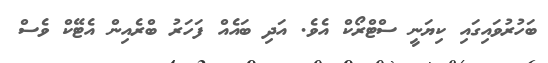
ބަހުރުވައިގައި ކިޔަނީ ސްޓްރޯކް އެވެ. އަދި ބައެއް ފަހަރު ބްރެއިން އެޓޭކް ވެސް